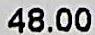
48.00